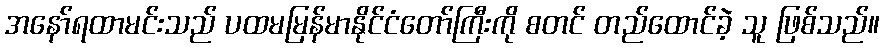
အနော်ရထာမင်းသည် ပထမမြန်မာနိုင်ငံတော်ကြီးကို စတင် တည်ထောင်ခဲ့ သူ ဖြစ်သည်။